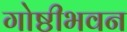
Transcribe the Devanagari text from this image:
गोष्ठीभवन